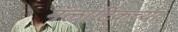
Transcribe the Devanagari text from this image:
मॅलार्टिकच्या